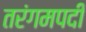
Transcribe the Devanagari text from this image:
तरंगमपदी